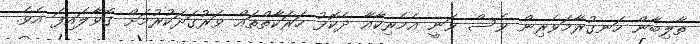
ތާލިބާން ހަނގުރާމަވެރިން ވެސް ވަނީ އެމެރިކާއާ ދެކޮޅު ހަރަކާތްތައް ވަރުގަދަކުރުމަށް ގޮވާލައިފަ އެވެ.